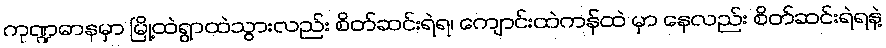
ကုဏ္ဍဓာနမှာ မြို့ထဲရွာထဲသွားလည်း စိတ်ဆင်းရဲရ၊ ကျောင်းထဲကန်ထဲ မှာ နေလည်း စိတ်ဆင်းရဲရနဲ့